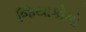
જિયાકોમો